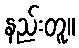
နည်းတူ။